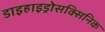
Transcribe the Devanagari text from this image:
डाइहाइड्रोसक्सिनिक